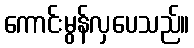
ကောင်းမွန်လှပေသည်။